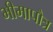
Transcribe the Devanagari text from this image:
भीमापौत्र